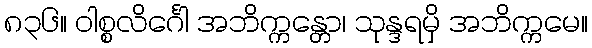
၈၃၆။ ဝါစ္စလိင်္ဂေါ အဘိက္ကန္တော၊ သုန္ဒရမှိ အဘိက္ကမေ။